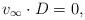
LaTeX: \begin{align*} v_{\infty}\cdot D = 0,\end{align*}